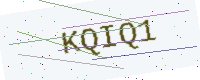
Text: KQIQ1